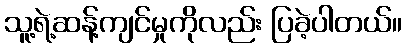
သူ့ရဲ့ဆန့်ကျင်မှုကိုလည်း ပြခဲ့ပါတယ်။